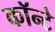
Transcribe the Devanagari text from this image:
कॉन्टे